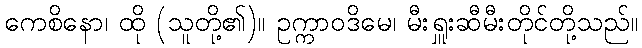
ကေစိနော၊ ထို (သူတို့၏)။ ဥက္ကာဝဒိမေ၊ မီးရှူးဆီမီးတိုင်တို့သည်။